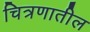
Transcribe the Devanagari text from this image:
चित्रणातील